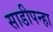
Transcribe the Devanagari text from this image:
साडीपन्हा